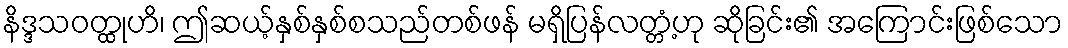
နိဒ္ဒသဝတ္ထုဟိ၊ ဤဆယ့်နှစ်နှစ်စသည်တစ်ဖန် မရှိပြန်လတ္တံ့ဟု ဆိုခြင်း၏ အကြောင်းဖြစ်သော